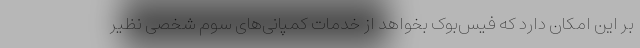
بر این امکان دارد که فیس‌بوک بخواهد از خدمات کمپانی‌های سوم شخصی نظیر